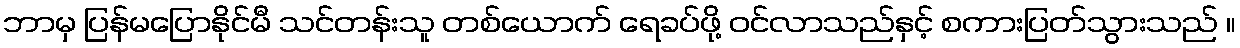
ဘာမှ ပြန်မပြောနိုင်မီ သင်တန်းသူ တစ်ယောက် ရေခပ်ဖို့ ဝင်လာသည်နှင့် စကားပြတ်သွားသည် ။